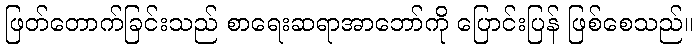
ဖြတ်တောက်ခြင်းသည် စာရေးဆရာအာဘော်ကို ပြောင်းပြန် ဖြစ်စေသည်။